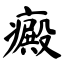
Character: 癜